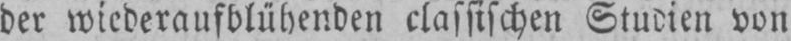
der wiederaufblühenden classischen Studien von